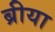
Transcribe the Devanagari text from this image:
ब्रीया